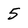
Character: 5